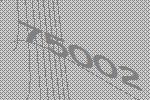
75002